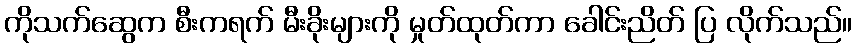
ကိုသက်ဆွေက စီးကရက် မီးခိုးများကို မှုတ်ထုတ်ကာ ခေါင်းညိတ် ပြ လိုက်သည်။